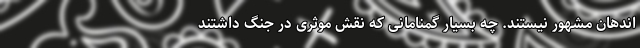
اند‌هان مشهور نیستند. چه بسیار گمنامانی که نقش موثری در جنگ داشتند